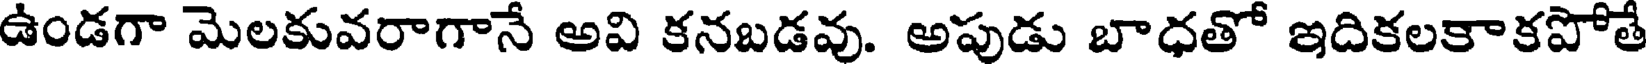
ఉండగా మెలకువరాగానే అవి కనబడవు. అపుడు బాధతో ఇదికలకాకపోతే